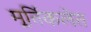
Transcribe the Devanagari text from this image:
मूर्तिकलेत